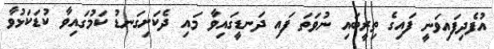
އުފެދިފައިވަނީ ފައިގެ ތިރީބައި ނުވަތަ ފައި ދަނޑީގައިވާ މައި ދެކަށިގަނޑު ކަމުގައިވާ ކުޑަކަޅުވާ